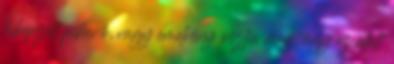
kiképzett pihenõ, vagy emelvény osztja meg, úgy ez alatt